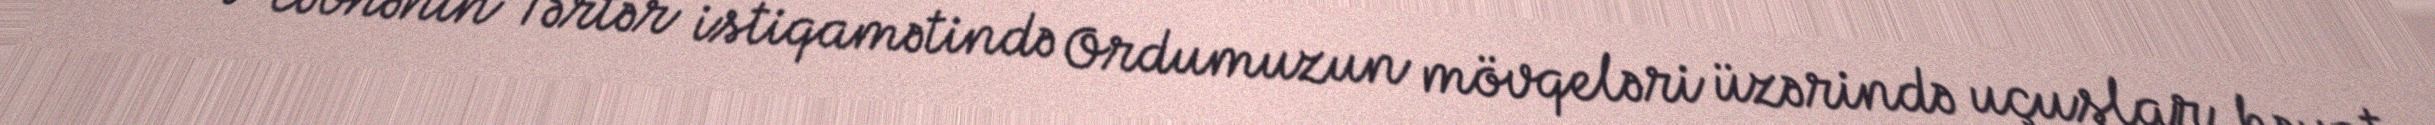
Bu ay cəbhənin Tərtər istiqamətində Ordumuzun mövqeləri üzərində uçuşlar həyata